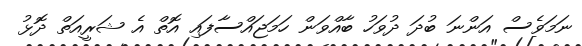
ނަމަވެސް އަންނަ ބުދަ ދުވަހު ބާއްވަން ހަމަޖައްސާފައި އޮތް އެ ޝަރީއަތް ދޮޅު